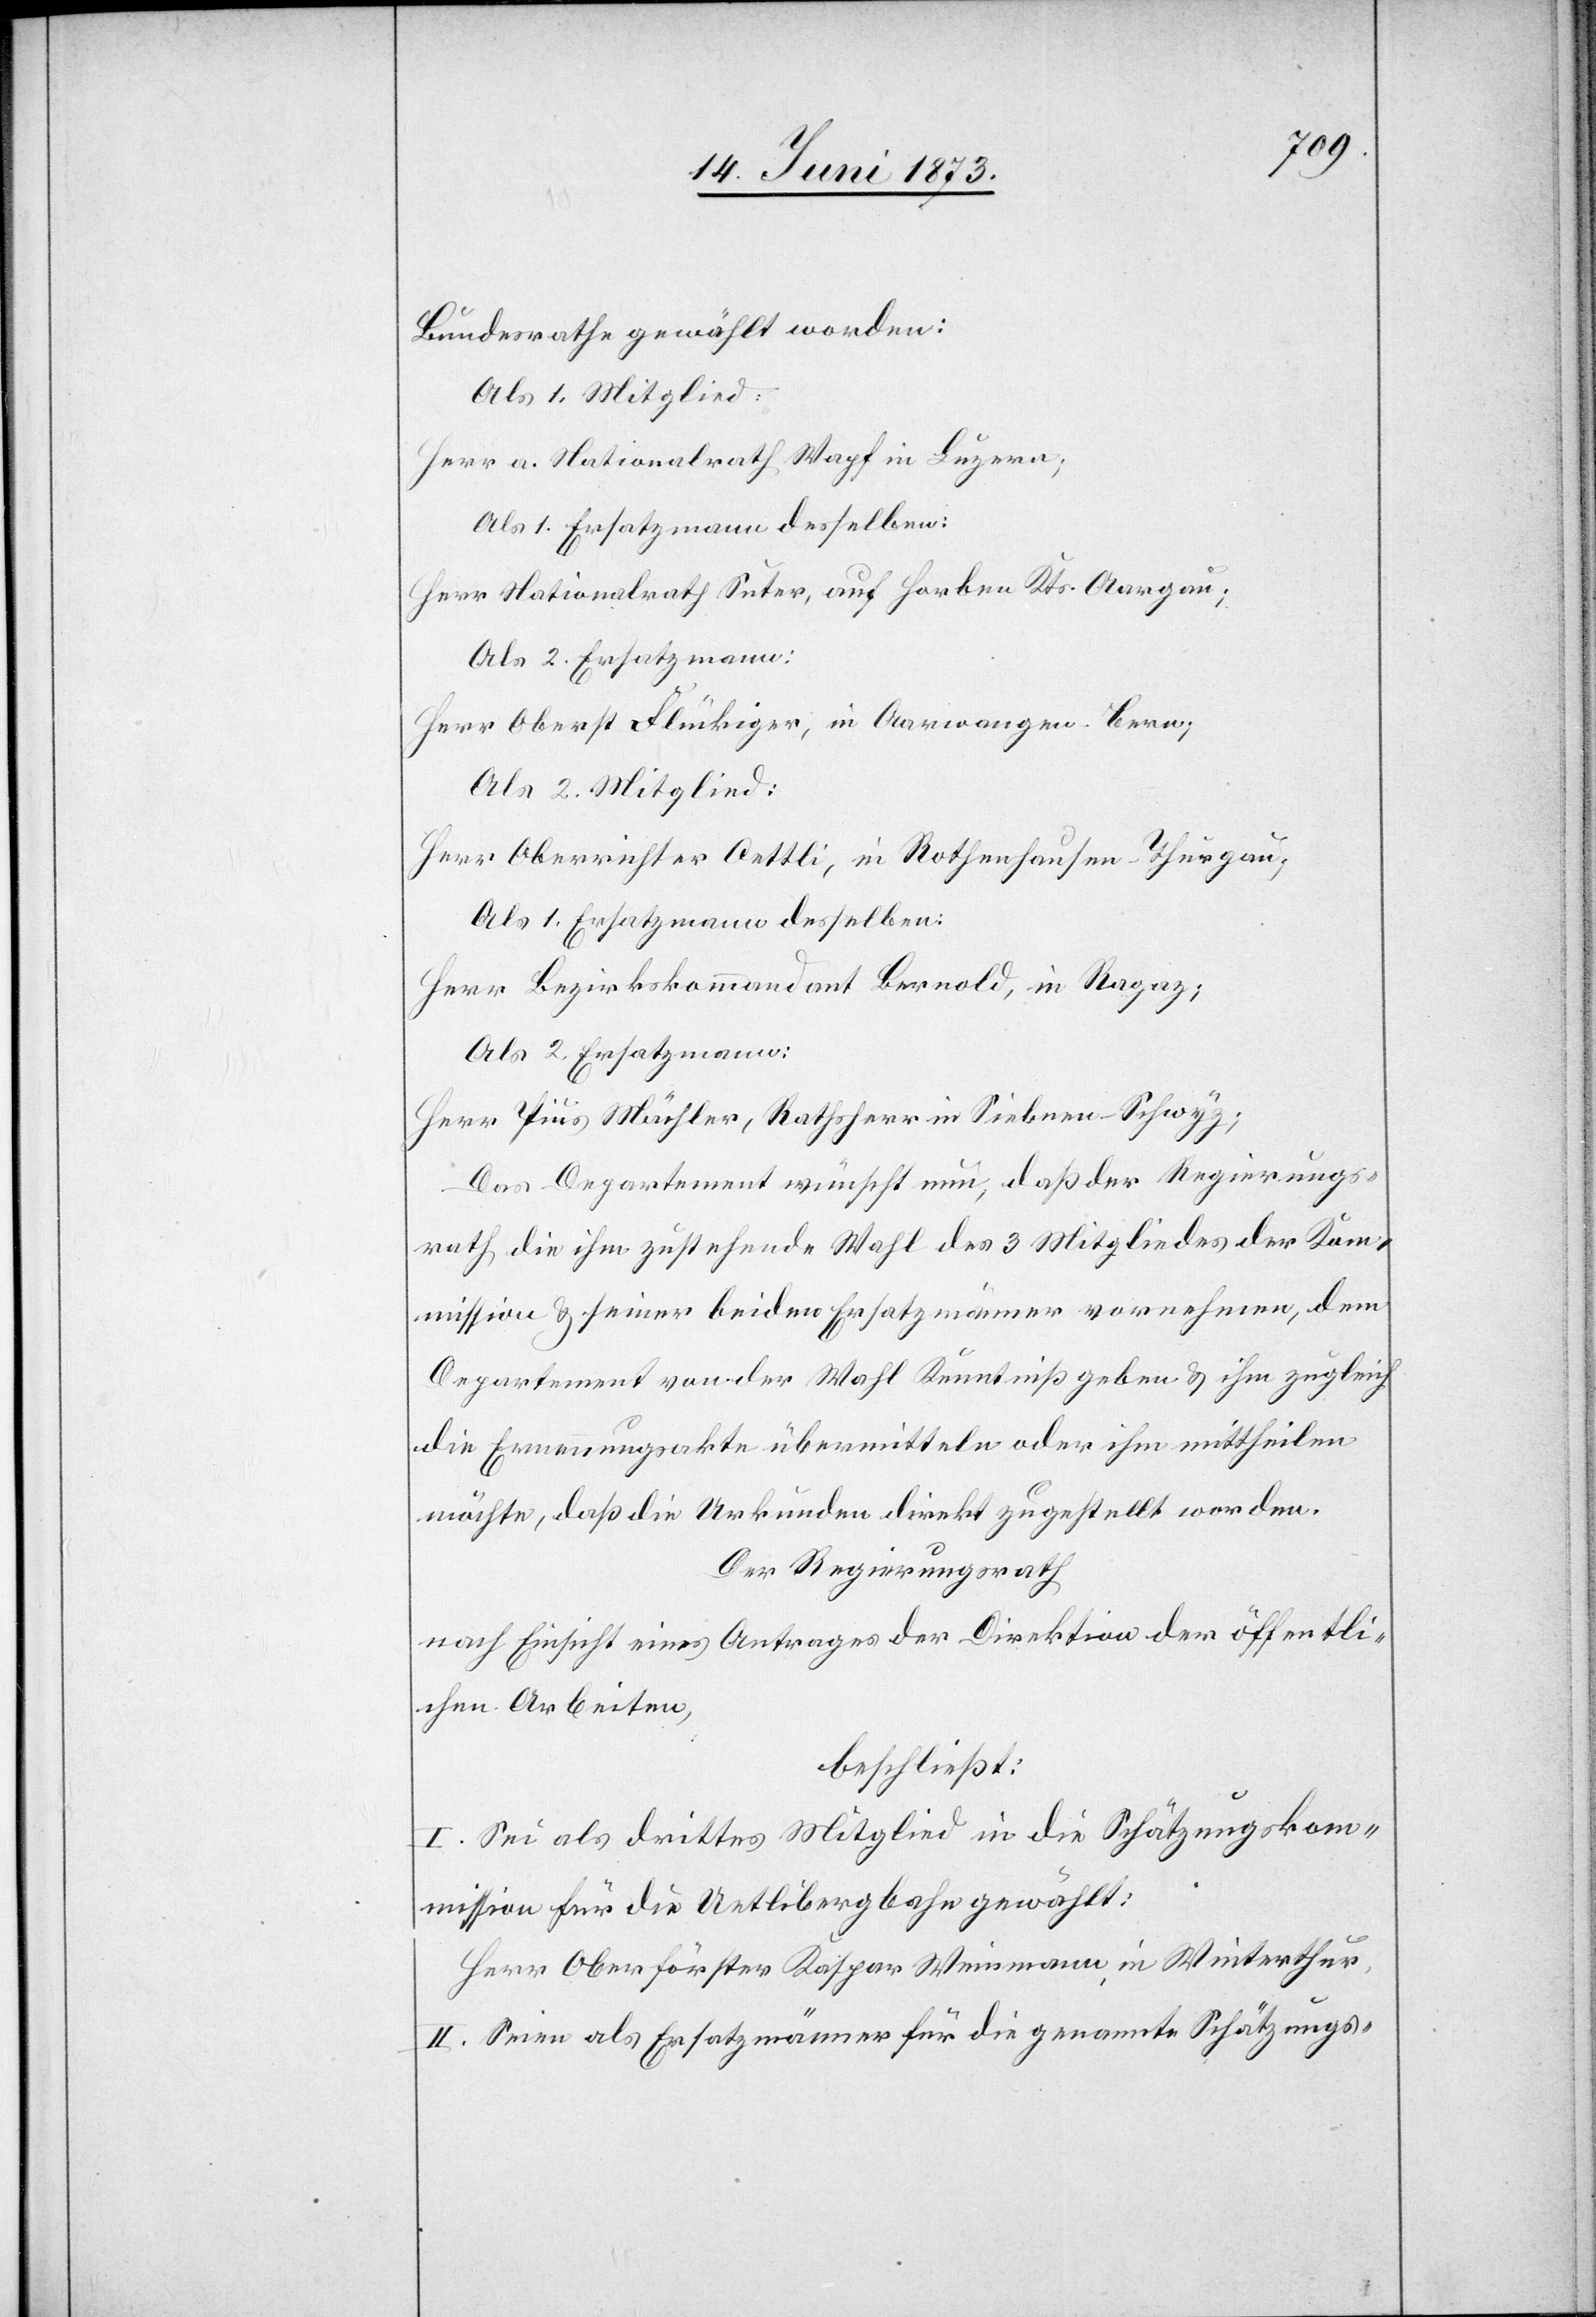
Bundesrathe gewählt worden:
Als 1. Mitglied:
Herr a. Nationalrath Wapf in Luzern;
Als 1. Ersatzmann desselben:
Herr Nationalrath Suter, auf Horben Kts. Aargau;
Als 2. Ersatzmann:
Herr Oberst Flückiger, in Aarwangen-Bern;
Als 2. Mitglied:
Herr Oberrichter Oettli, in Rothenhausen-Thurgau;
Herr Bezirkskommandant Bernold, in Ragaz;
Als 2. Ersatzmann:
Herr Pius Mächler, Rathsherr in Siebnen-Schwyz;
Das Departement wünscht nun, daß der Regierungs¬
rath die ihm zustehende Wahl des 3[.] Mitgliedes der Kom¬
mission & seiner beiden Ersatzmänner vornehmen, dem
Departement von der Wahl Kenntniß geben & ihm zugleich
die Ernennungsakte übermitteln oder ihm mittheilen
möchte, daß die Urkunden direkt zugestellt worden.
Der Regierungsrath
nach Einsicht eines Antrages der Direktion der öffentli¬
chen Arbeiten,
beschließt:
I. Sei als drittes Mitglied in die Schätzungskom¬
mission für die Uetlibergbahn gewählt:
Herr Oberförster Kaspar Weinmann in Winterthur.
II. Seien als Ersatzmänner für die genannte Schätzungs-